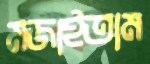
মজাইতাম